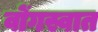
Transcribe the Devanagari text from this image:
वोंगस्वात